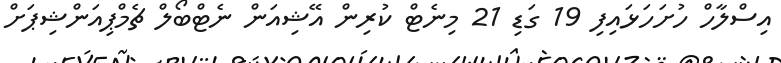
އިސްލާހް ހުށަހަޅައިފި 19 ގަޑި 21 މިނެޓް ކުރިން އޭޝިއަން ނެޓްބޯލް ޗެމްޕިއަންޝިޕަށް